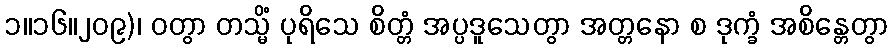
၁။၁၆။၂၀၉)၊ ဝတွာ တသ္မိံ ပုရိသေ စိတ္တံ အပ္ပဒူသေတွာ အတ္တနော စ ဒုက္ခံ အစိန္တေတွာ